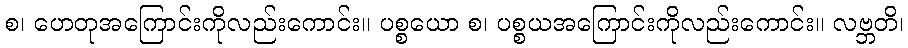
စ၊ ဟေတုအကြောင်းကိုလည်းကောင်း။ ပစ္စယော စ၊ ပစ္စယအကြောင်းကိုလည်းကောင်း။ လဗ္ဘတိ၊